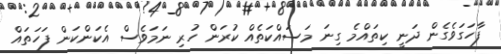
ފާހަގަވެގެން ދަނީ ކިތައްމެ ގިނަ މަސައްކަތެއް ކުރަން ހުރި ނަމަވެސް އެކަންކަން ފަހަތައް